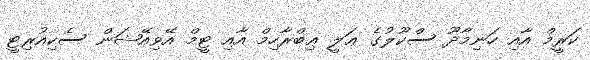
ކަރީމް އާއި ހަނިމާދޫ ސްކޫލުގެ ޢަލީ ޢިބްރާހިމް އާއި ޓީމް އޭވިއޭޝަން ސެކިއުރިޓީ